Civil Veterinary Dept. Assam report 1927-50 - 1927-1950
Year: 1927
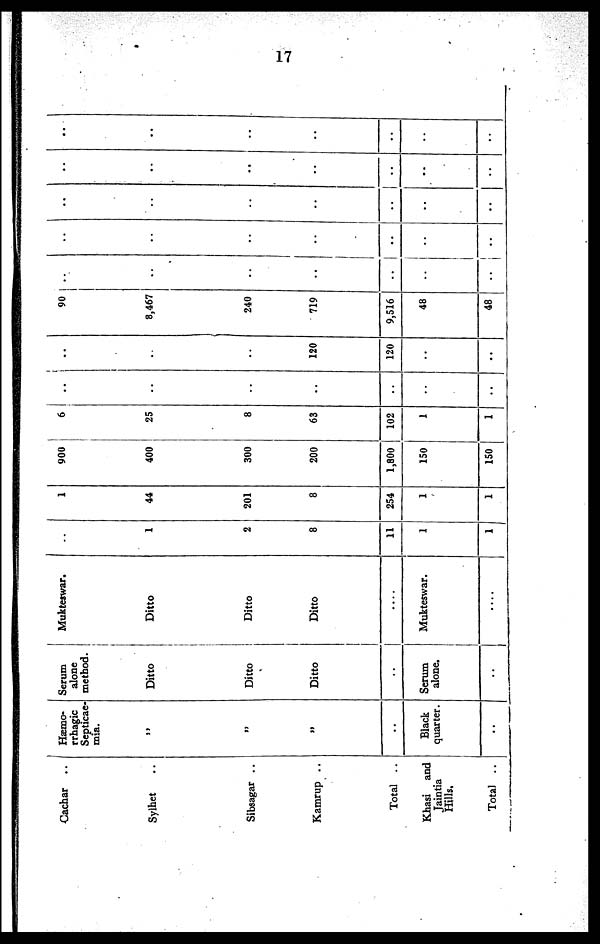
17
Cachar ..
Sylhet ..
Sibsagar ..
Kamrup ..
Total ..
Khasi and
Jaintia
Hills.
Total ..
Hæmo-
rrhagic
Septicae-
mia.
„
„
„
..
Black
quarter.
..
Serum
alone
method.
Ditto
Ditto
Ditto
..
Serum
alone.
..
Mukteswar.
Ditto
Ditto
Ditto
....
Mukteswar.
..
..
1
2
8
11
1
1
1
44
201
8
254
1
1
900
400
300
200
1,800
150
150
6
25
8
63
102
1
1
..
..
..
..
..
..
..
..
..
..
120
120
..
..
90
8,467
240
719
9,516
48
48
..
..
..
..
..
..
..
..
..
..
..
..
..
..
..
..
..
..
..
..
..
..
..
..
..
..
..
..
..
..
..
..
..
..
..
..
..